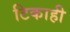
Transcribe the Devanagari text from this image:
टिकाही